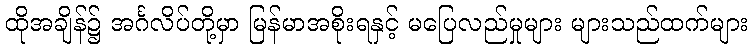
ထိုအချိန်၌ အင်္ဂလိပ်တို့မှာ မြန်မာအစိုးရနှင့် မပြေလည်မှုများ များသည်ထက်များ